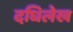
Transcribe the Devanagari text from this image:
दधिलेख